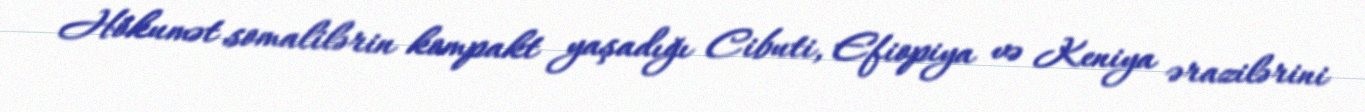
Hökumət somalilərin kompakt yaşadığı Cibuti, Efiopiya və Keniya ərazilərini